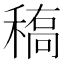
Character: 𰨱